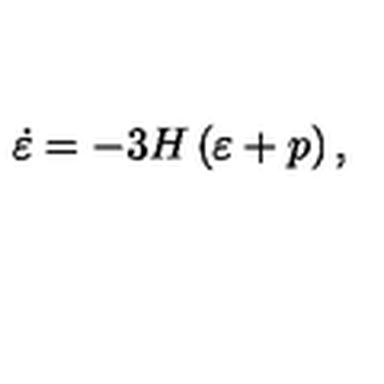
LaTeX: \dot { \varepsilon } = - 3 H \left( \varepsilon + p \right) ,